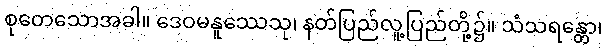
စုတေသောအခါ။ ဒေဝမနူဿေသု၊ နတ်ပြည်လူ့ပြည်တို့၌။ သံသရန္တော၊